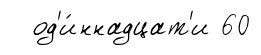
од'и́ннадцат'и 60